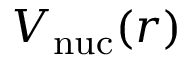
V _ { \mathrm { n u c } } ( r )